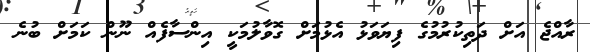
ރާއްޖެ އަށް ދަތިކުރުމުގެ ފިޔަވަޅު އެޅުމަށް ގޮވާލުމަކީ އިންސާފެއް ނޫން ކަމަށް ބުނެ